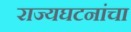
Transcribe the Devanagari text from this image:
राज्यघटनांचा